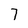
Character: 7